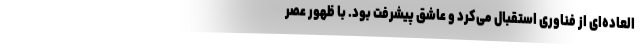
العاده‌ای از فناوری استقبال می‌کرد و عاشق پیشرفت بود. با ظهور عصر